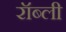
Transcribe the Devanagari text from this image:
रॉब्ली